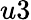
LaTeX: u3